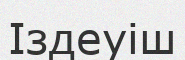
Іздеуіш